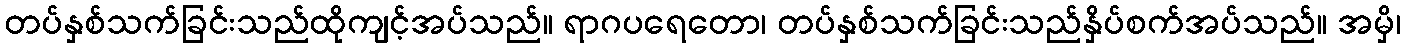
တပ်နှစ်သက်ခြင်းသည်ထိုကျင့်အပ်သည်။ ရာဂပရေတော၊ တပ်နှစ်သက်ခြင်းသည်နှိပ်စက်အပ်သည်။ အမှိ၊